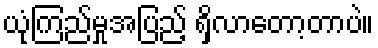
ယုံကြည်မှုအပြည့် ရှိလာတော့တာပဲ။